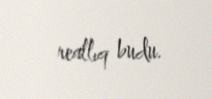
reallıq budu.